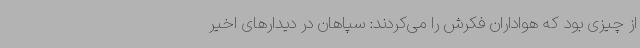
از چیزی بود که هواداران فکرش را می‌کردند: سپاهان در دیدارهای اخیر